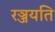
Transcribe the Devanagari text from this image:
रञ्जयति